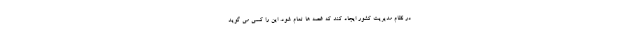
در نظام مدیریت کشور ایجاد کند که غصه ها تمام شود. این را کسی می گوید